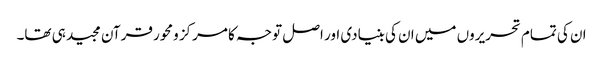
ان کی تمام تحریروں میں ان کی بنیادی اور اصل توجہ کا مرکز ومحور قرآن مجید ہی تھا۔